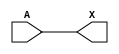
/*
 * Copyright 2020 The SkyWater PDK Authors
 *
 * Licensed under the Apache License, Version 2.0 (the "License");
 * you may not use this file except in compliance with the License.
 * You may obtain a copy of the License at
 *
 *     https://www.apache.org/licenses/LICENSE-2.0
 *
 * Unless required by applicable law or agreed to in writing, software
 * distributed under the License is distributed on an "AS IS" BASIS,
 * WITHOUT WARRANTIES OR CONDITIONS OF ANY KIND, either express or implied.
 * See the License for the specific language governing permissions and
 * limitations under the License.
 *
 * SPDX-License-Identifier: Apache-2.0
*/


`ifndef SKY130_FD_SC_LP__BUF_BEHAVIORAL_V
`define SKY130_FD_SC_LP__BUF_BEHAVIORAL_V

/**
 * buf: Buffer.
 *
 * Verilog simulation functional model.
 */

`timescale 1ns / 1ps
`default_nettype none

`celldefine
module sky130_fd_sc_lp__buf (
    X,
    A
);

    // Module ports
    output X;
    input  A;

    // Module supplies
    supply1 VPWR;
    supply0 VGND;
    supply1 VPB ;
    supply0 VNB ;

    // Local signals
    wire buf0_out_X;

    //  Name  Output      Other arguments
    buf buf0 (buf0_out_X, A              );
    buf buf1 (X         , buf0_out_X     );

endmodule
`endcelldefine

`default_nettype wire
`endif  // SKY130_FD_SC_LP__BUF_BEHAVIORAL_V